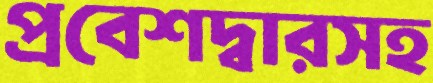
প্রবেশদ্বারসহ